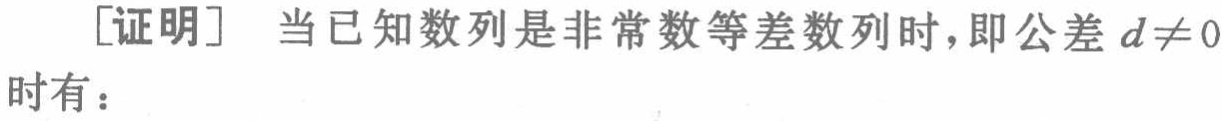
[证明] 当已知数列是非常数等差数列时，即公差 \(d\neq 0\) 时有：